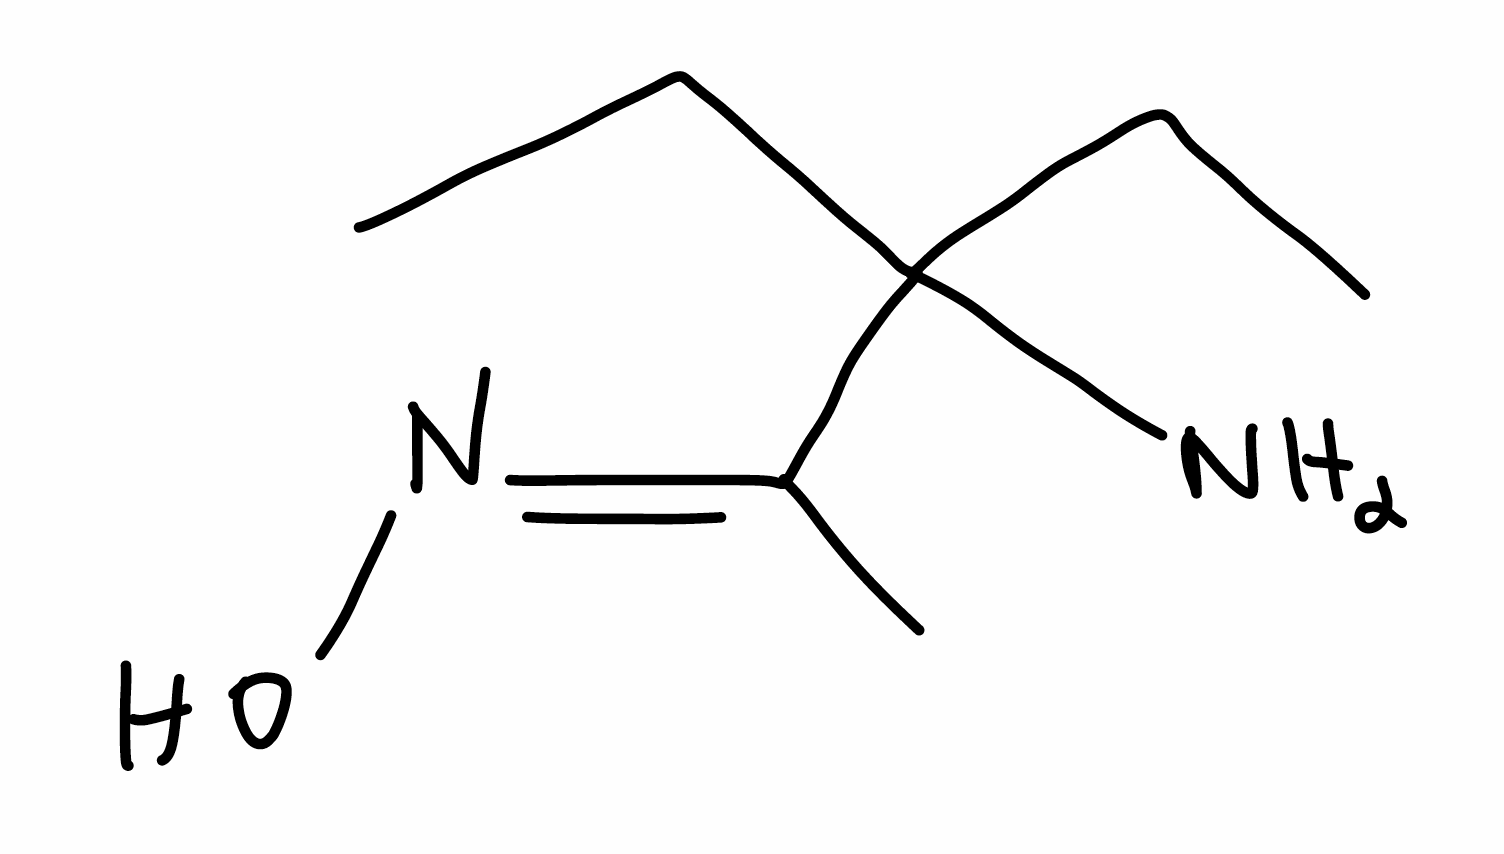
Simplified molecular-input line-entry system (SMILES) notation of the given molecule:
CCC(CC)(/C(=N/O)/C)N